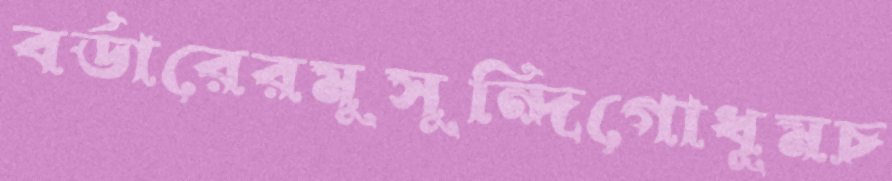
বর্ডারেরমুসুন্দিগোধূমচ